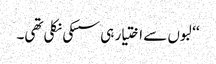
‘‘ لبوں سے اختیار ہی سسکی نکلی تھی۔